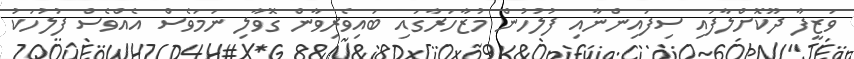
ވަޒީފާ ދޫކޮށްލާފައި ސިފައިންނާއި ފުލުހުން މުޒާހަރާގައި ބައިވެރިވާން ގޮވާލި ނަމަވެސް އެއްވެސް ފުލުހަކު